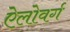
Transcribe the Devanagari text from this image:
ऐलोवर्ग